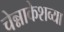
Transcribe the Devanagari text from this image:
चेन्नाकेशव्या